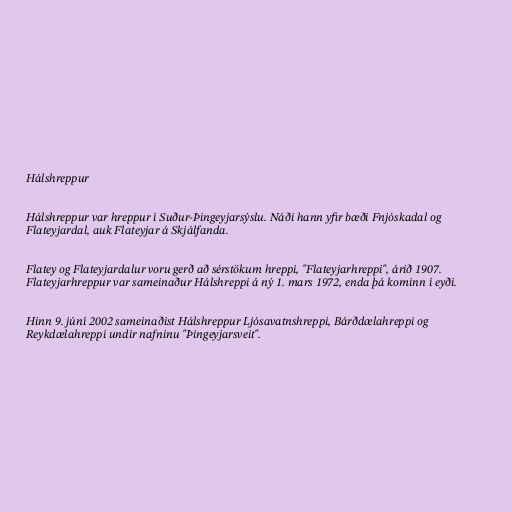
Hálshreppur

Hálshreppur var hreppur í Suður-Þingeyjarsýslu. Náði hann yfir bæði Fnjóskadal og
Flateyjardal, auk Flateyjar á Skjálfanda.

Flatey og Flateyjardalur voru gerð að sérstökum hreppi, "Flateyjarhreppi", árið 1907.
Flateyjarhreppur var sameinaður Hálshreppi á ný 1. mars 1972, enda þá kominn í eyði.

Hinn 9. júní 2002 sameinaðist Hálshreppur Ljósavatnshreppi, Bárðdælahreppi og
Reykdælahreppi undir nafninu "Þingeyjarsveit".